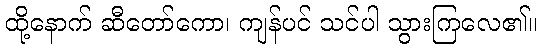
ထို့နောက် ဆီတော်ကော၊ ကျန်ပင် သင်ပါ သွားကြလေ၏။